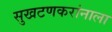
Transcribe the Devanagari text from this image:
सुखटणकरांनाला